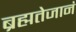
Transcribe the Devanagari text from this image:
ब्रह्मतेजानं